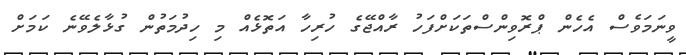
ވީނަމަވެސް އެހެން ޕްރޮވިންސްތަކަށްފަހު ރާއްޖޭގެ ހުރިހާ އަތޮޅެއް މި ހިދުމަތުން ގުޅާލެވޭނެ ކަމަށް